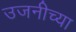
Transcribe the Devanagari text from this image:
उजनीच्या